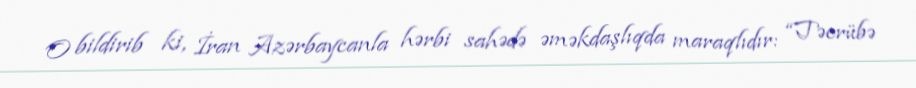
O bildirib ki, İran Azərbaycanla hərbi sahədə əməkdaşlıqda maraqlıdır: “Təcrübə